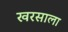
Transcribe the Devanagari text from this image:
खरसाला